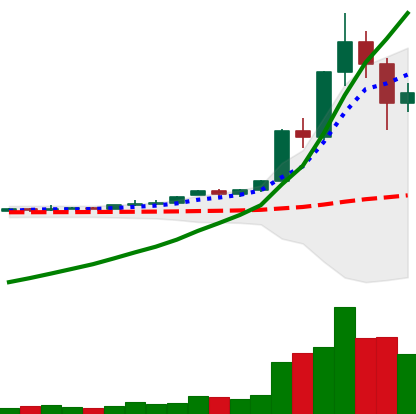
Ticker: XRP-USD
Chart end date: 2020-11-27
Forward return: 12.628%
Label: up_7plus